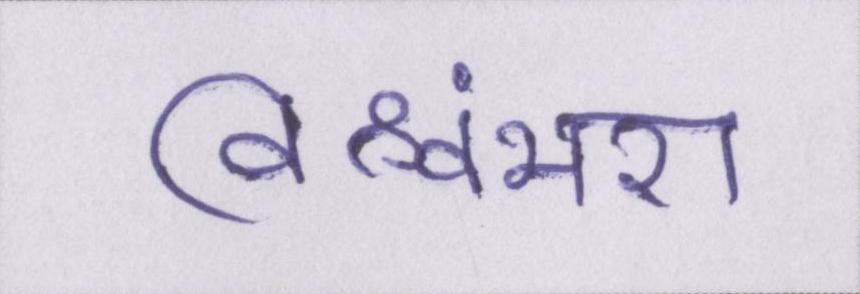
विश्वंभरा